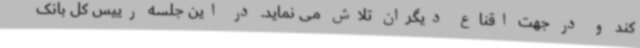
کند و در جهت اقناع دیگران تلاش می نماید. در این جلسه رییس کل بانک